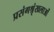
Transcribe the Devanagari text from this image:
प्रसंगश्रृंखलाओं